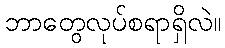
ဘာတွေလုပ်စရာရှိလဲ။